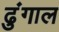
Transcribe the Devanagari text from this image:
ढुंगाल